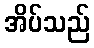
အိပ်သည်